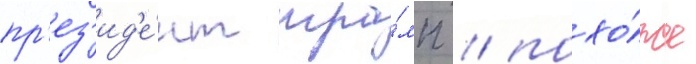
пр'ез'ид'е́нт тра́мп / похо́же